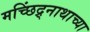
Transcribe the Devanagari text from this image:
मच्छिंद्र्नाथाच्या